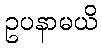
ဥပနာမယိ